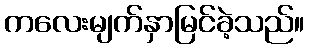
ကလေးမျက်နှာမြင်ခဲ့သည်။